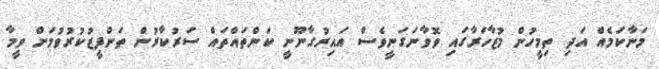
މަނާކަމެއް އަދިި ތިމީހުން މުޒާހަރާގައި ވޮވާނަގަނީވެސް އައިރުގާނޫނީ ކަންތައްތައް ސަރުކާރުން ތަންފީޒުކުރުވުމަށް ވީމާ